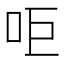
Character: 𠰠